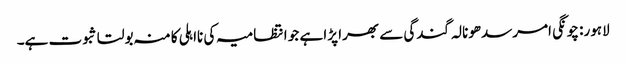
لاہور: چونگی امرسدھونالہ گندگی سے بھرا پڑا ہے جو انتظامیہ کی نااہلی کا منہ بولتا ثبوت ہے۔